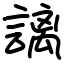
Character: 謧